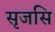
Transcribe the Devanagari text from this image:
सृजसि